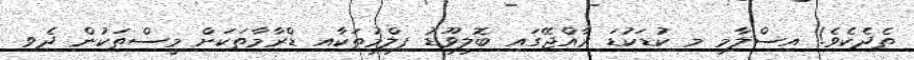
ތެދެކެވެ! އިސްލާމީ މި ކުޑަކުޑަ ރާއްޖޭގައި ބޮލީވޫޑު ފިލްމުތަކާއި ޑްރާމާތަކަށް މީސްތަކުން ދެވި